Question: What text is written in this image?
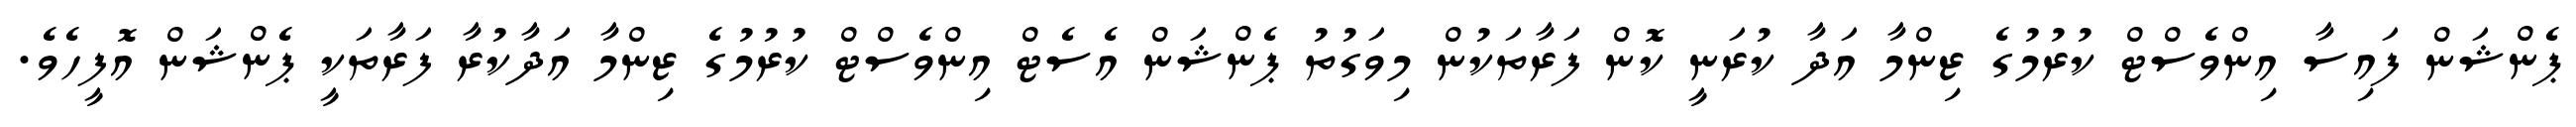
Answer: ޕެންޝަން ފައިސާ އިންވެސްޓް ކުރުމުގެ ޒިންމާ އަދާ ކުރަނީ ކޮން ފަރާތަކުން މިވަގުތު ޕެންޝަން އެސެޓް އިންވެސްޓް ކުރުމުގެ ޒިންމާ އަދާކުރާ ފަރާތަކީ ޕެންޝަން އޮފީހެވެ.